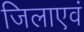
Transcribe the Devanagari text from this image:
जिलाएवं